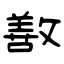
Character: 敾